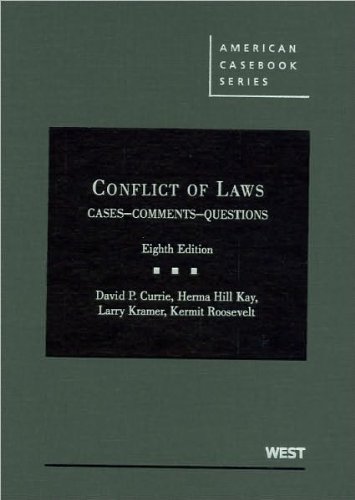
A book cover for Conflict of Laws, Cases, Comments, Questions (text only) 8th (Eighth) edition by D. P. Currie,H. H. Kay,L. Kramer,K. Roosevelt; H. H. Kay,L. Kramer,K. Roosevelt D. P. Currie; Law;